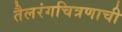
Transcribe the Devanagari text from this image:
तैलरंगचित्रणाची